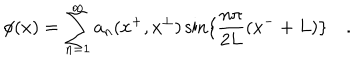
\phi ( x ) = \sum _ { n = 1 } ^ { \infty } a _ { n } ( x ^ { + } , x ^ { \bot } ) \sin \{ \frac { n \pi } { 2 L } ( x ^ { - } + L ) \} \quad .